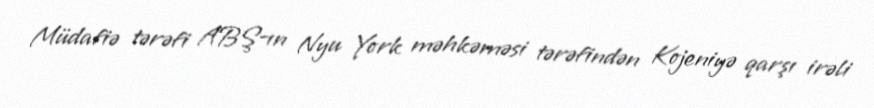
Müdafiə tərəfi ABŞ-ın Nyu York məhkəməsi tərəfindən Kojeniyə qarşı irəli